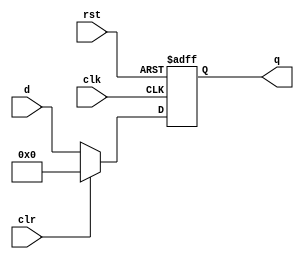
`timescale 1ns / 1ps
//////////////////////////////////////////////////////////////////////////////////
// Company: 
// Engineer: 
// 
// Design Name: 
// Module Name: dreg_enx
// Project Name: 
// Target Devices: 
// Tool Versions: 
// Description: 
// 
// Dependencies: 
// 
// Revision:
// Revision 0.01 - File Created
// Additional Comments:
// 
//////////////////////////////////////////////////////////////////////////////////

module dreg_clr # (parameter WIDTH = 32) (
        input  wire             clk,
        input  wire             rst,
        input  wire             clr,
        input  wire [WIDTH-1:0] d,
        output reg  [WIDTH-1:0] q
    );

    always @ (posedge clk, posedge rst) begin
        if (rst)        q <= 0;
        else if (clr)   q <= 0;
        else            q <= d;
    end
endmodule